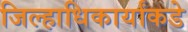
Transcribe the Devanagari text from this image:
जिल्हाधिकार्यांकडे